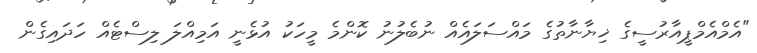
"އެމްއެމްޕީއާރުސީގެ ޚިޔާނާތުގެ މައްސަލައެއް ނުބެލުނު ކޮންމެ މީހަކު އުޅެނީ އަމިއްލަ ލިސްޓެއް ހަދައިގެން